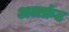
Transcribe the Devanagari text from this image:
अलफ्रंट